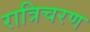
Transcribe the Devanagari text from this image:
रात्रिचरण